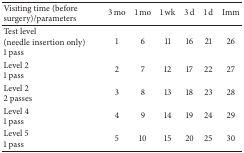
<table><thead><tr><td><b>Visiting time (before surgery)/parameters</b></td><td><b>3 mo</b></td><td><b>1 mo</b></td><td><b>1 wk</b></td><td><b>3 d</b></td><td><b>1 d</b></td><td><b>Imm</b></td></tr></thead><tbody><tr><td>Test level(needle insertion only)1 pass</td><td>1</td><td>6</td><td>11</td><td>16</td><td>21</td><td>26</td></tr><tr><td>Level 21 pass</td><td>2</td><td>7</td><td>12</td><td>17</td><td>22</td><td>27</td></tr><tr><td>Level 22 passes</td><td>3</td><td>8</td><td>13</td><td>18</td><td>23</td><td>28</td></tr><tr><td>Level 41 pass</td><td>4</td><td>9</td><td>14</td><td>19</td><td>24</td><td>29</td></tr><tr><td>Level 51 pass</td><td>5</td><td>10</td><td>15</td><td>20</td><td>25</td><td>30</td></tr></tbody></table>